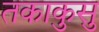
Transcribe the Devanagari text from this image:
तकाकुसु